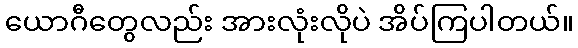
ယောဂီတွေလည်း အားလုံးလိုပဲ အိပ်ကြပါတယ်။